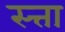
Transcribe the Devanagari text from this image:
स्त्ता